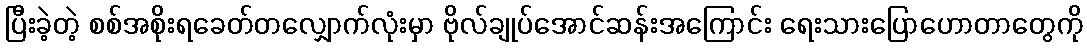
ပြီးခဲ့တဲ့ စစ်အစိုးရခေတ်တလျှောက်လုံးမှာ ဗိုလ်ချုပ်အောင်ဆန်းအကြောင်း ရေးသားပြောဟောတာတွေကို